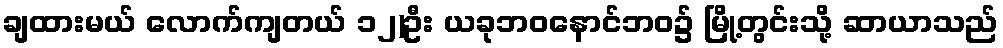
ချထားမယ် လောက်ကျတယ် ၁၂)ဦး ယခုဘဝနောင်ဘဝ၌ မြို့တွင်းသို့ ဆာယာသည်